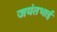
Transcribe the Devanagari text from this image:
जयंतभाई